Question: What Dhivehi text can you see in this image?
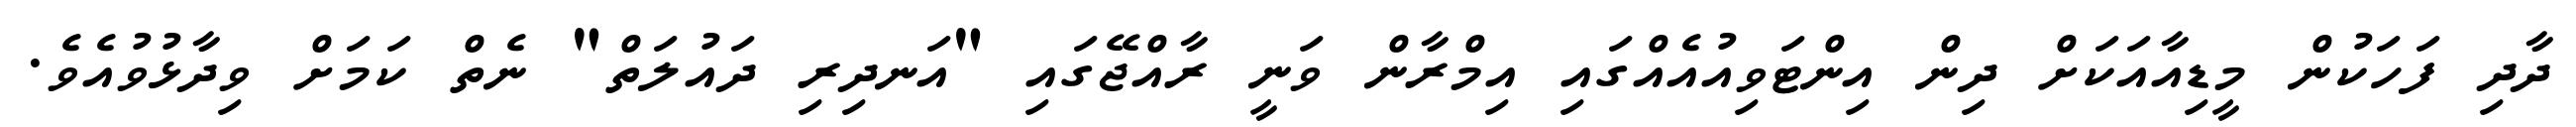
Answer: ދާދި ފަހަކުން މީޑިއާއަކަށް ދިން އިންޓަވިއުއެއްގައި އިމްރާން ވަނީ ރާއްޖޭގައި "އަނދިރި ދައުލަތް" ނެތް ކަމަށް ވިދާޅުވުއެވެ.